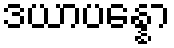
ဒယာပန္နော